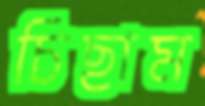
চিছাম